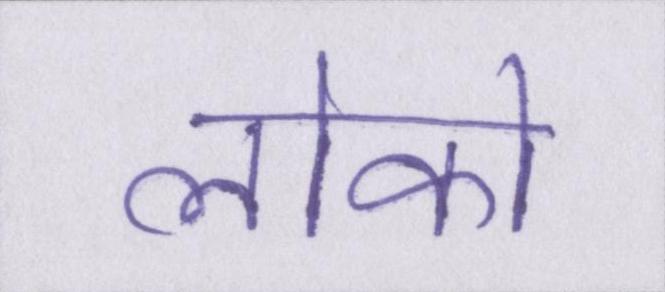
लोको